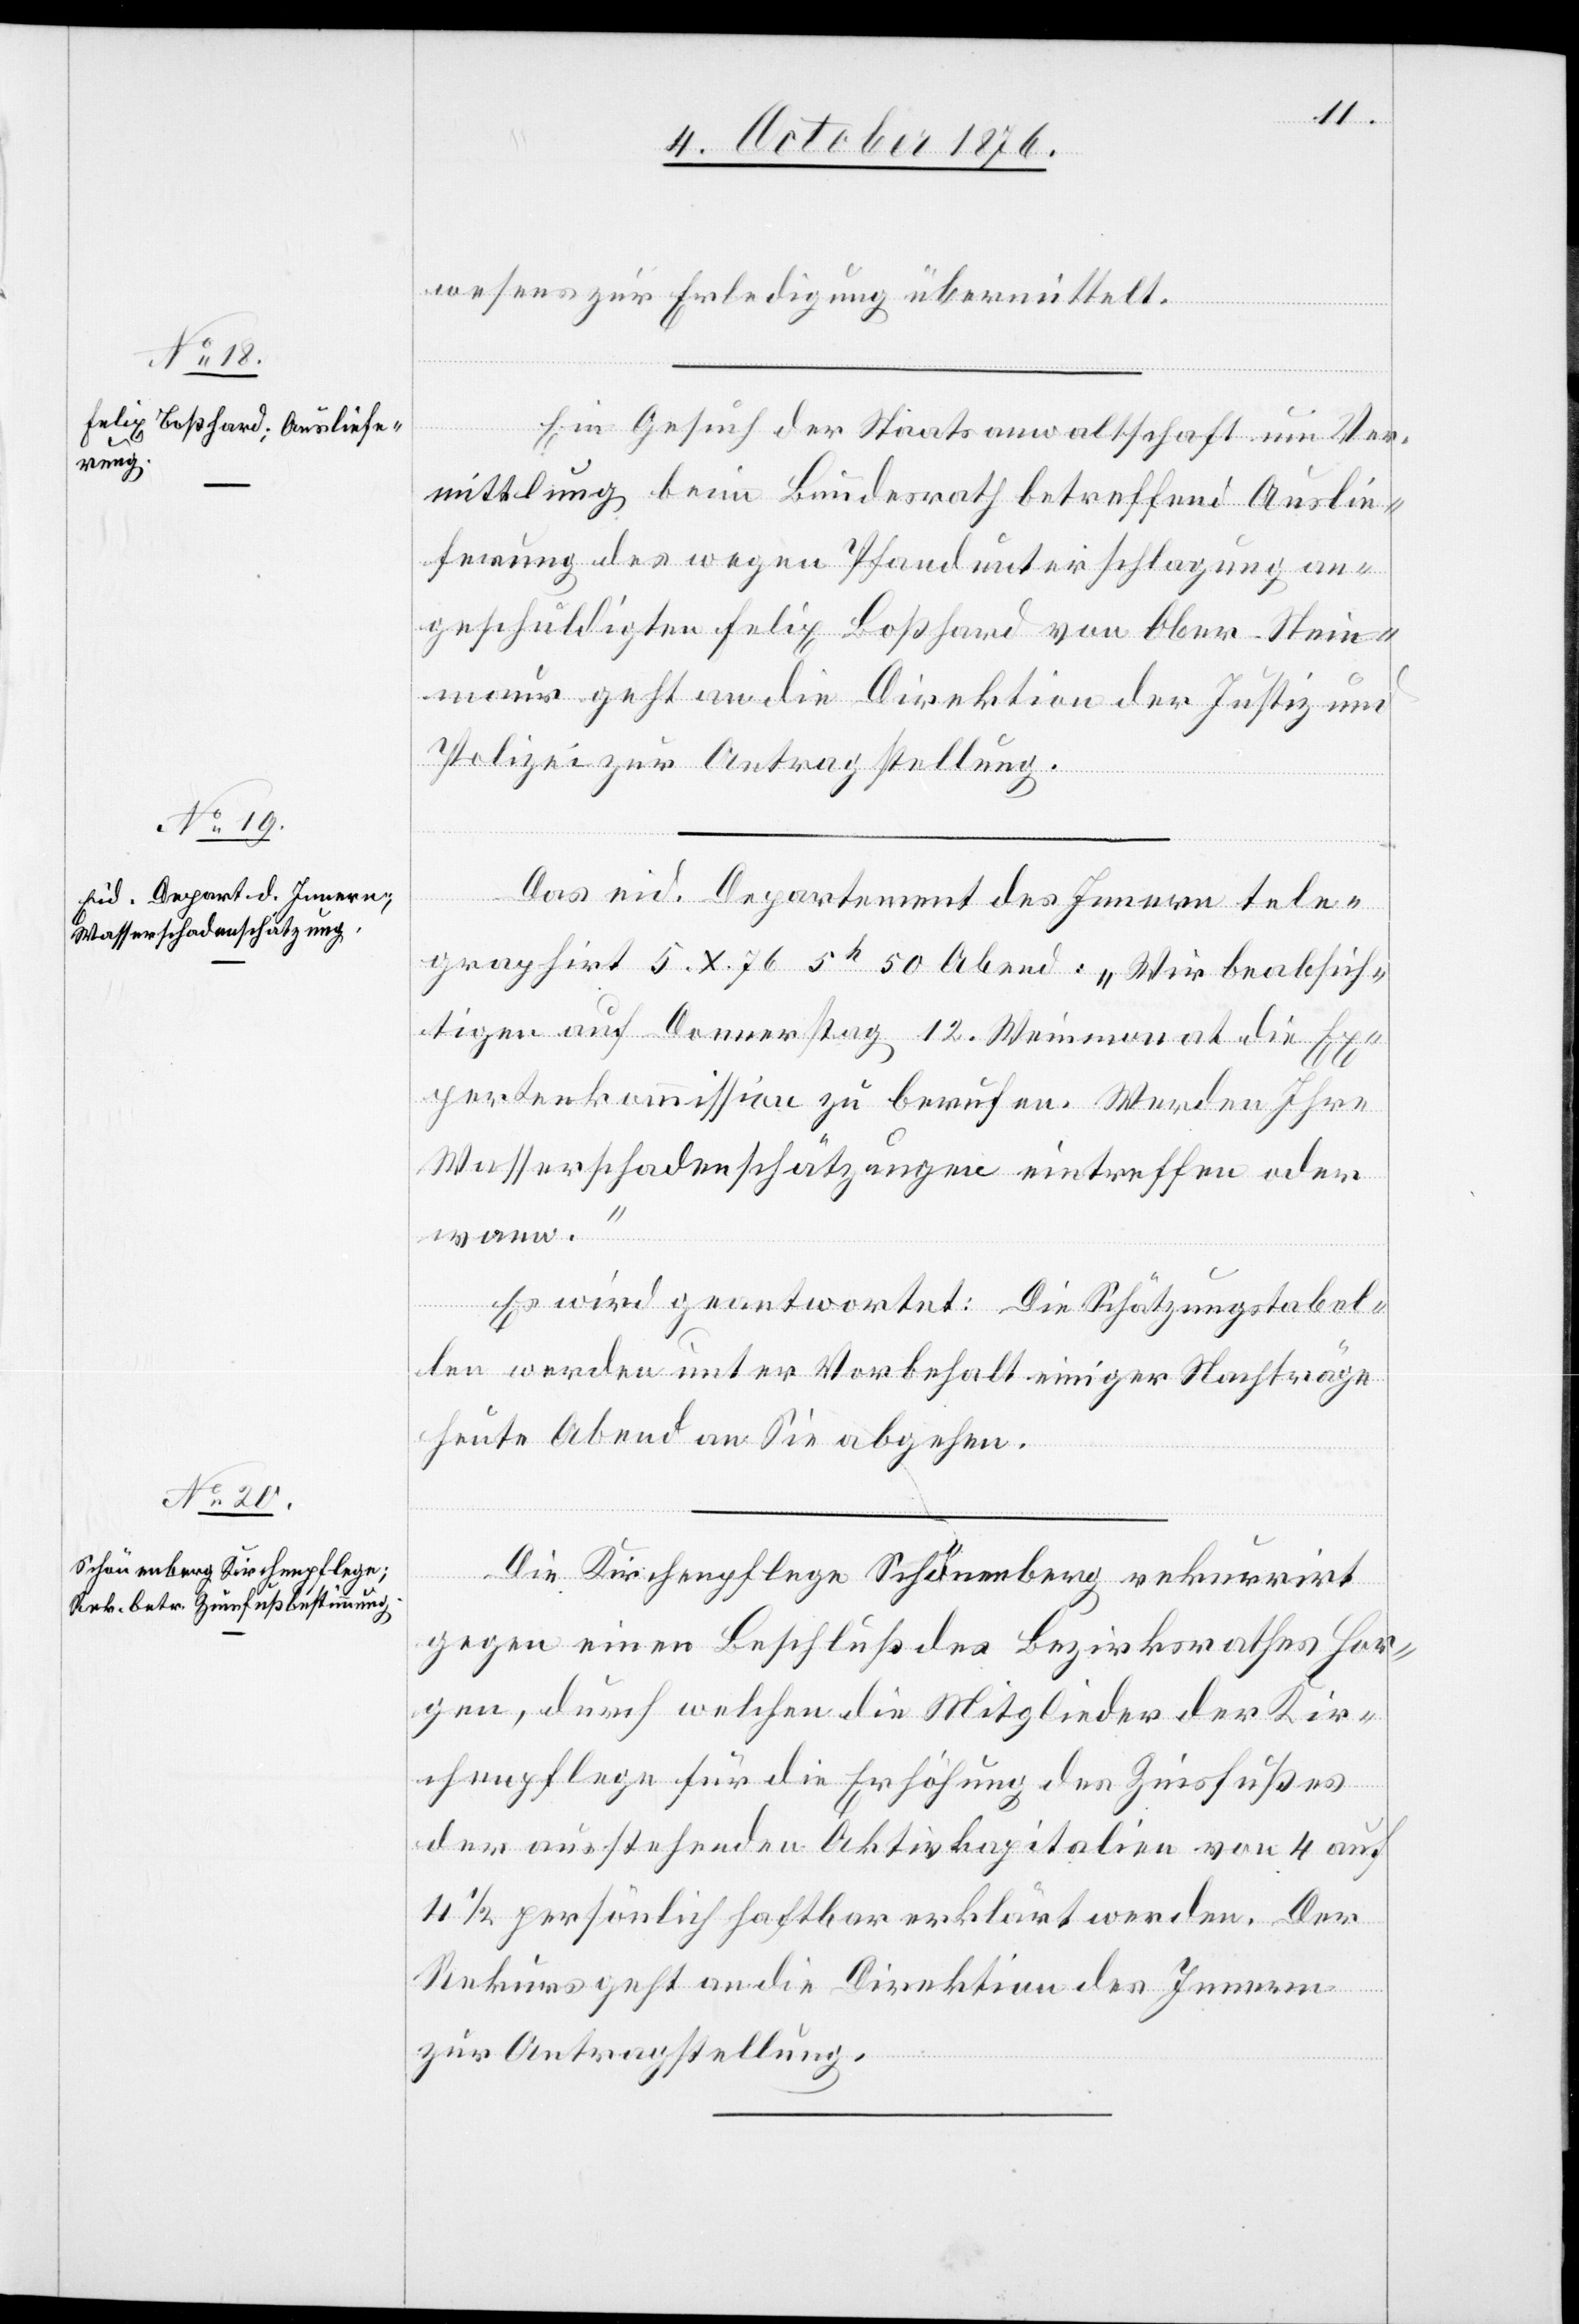
6. Oct. 1876.]
wesens zur Erledigung übermittelt.
Ein Gesuch der Staatsanwaltschaft um Ver¬
mittlung beim Bundesrath betreffend Auslie¬
ferung des wegen Pfandunterschlagung an¬
geschuldigten Felix Boßhard von Ober-Stein¬
maur geht an die Direktion der Justiz und
Polizei zur Antragstellung.
Das eid. Departement des Innern tele¬
graphirt 5. X. 76 5h 50 Abend[s]: „Wir beabsich¬
tigen auf Donnerstag 12. Weinmonat die Ex¬
pertenkommission zu berufen. Werden Ihre
Wasserschadenschätzungen eintreffen oder
wann.“
Es wird geantwortet: Die Schätzungstabel¬
len werden unter Vorbehalt einiger Nachträge
heute Abend an Sie abgehen.
Die Kirchenpflege Schönenberg rekurrirt
gegen einen Beschluß des Bezirksrathes Hor¬
gen, durch welchen die Mitglieder der Kir¬
chenpflege für die Erhöhung des Zinsfußes
der ausstehenden Aktivkapitalien von 4 auf
4 1/2 persönlich haftbar erklärt werden. Der
Rekurs geht an die Direktion des Innern
zur Antragstellung.